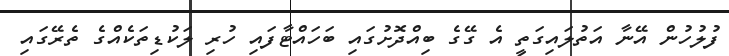
ފުލުހުން އޭނާ އަތުލައިގަތީ އެ ގޭގެ ބިއްދޮށުގައި ބަހައްޓާފައި ހުރި ލަކުޑިތަކެއްގެ ތެރޭގައި